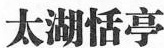
太湖恬亭